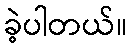
ခဲ့ပါတယ်။